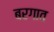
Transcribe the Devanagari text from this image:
बरगाव